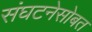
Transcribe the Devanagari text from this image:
संघटनेसोबत